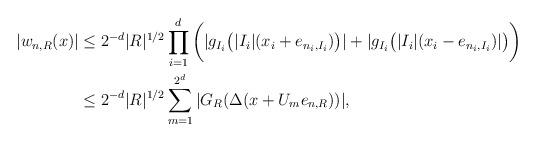
LaTeX: \begin{align*}|w_{n,R}(x)|&\leq 2^{-d}|R|^{1/2}\prod_{i=1}^d \bigg(|g_{I_i}\bigl( |I_i|(x_i +e_{n_i,I_i}) \bigr)|+ |g_{I_i}\bigl( |I_i|(x_i -e_{n_i,I_{i}})|\bigr) \bigg)\\ &\leq 2^{-d}|R|^{1/2}\sum_{m=1}^{2^d} |G_R(\Delta(x+U_m e_{n,R}))|, \end{align*}